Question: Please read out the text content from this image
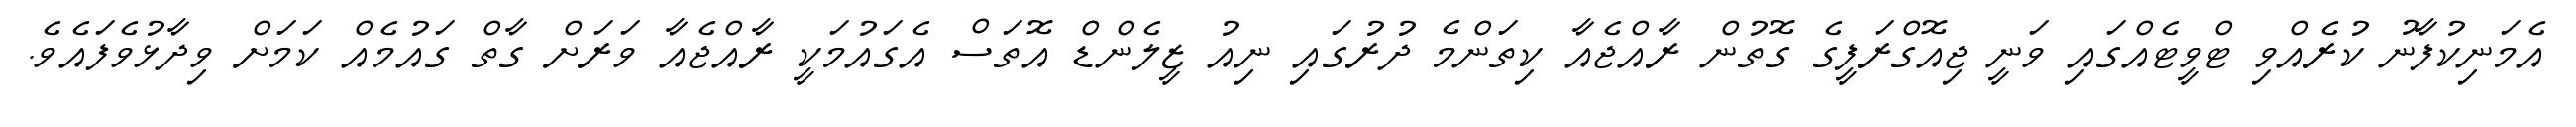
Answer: އެމަނިކުފާނު ކުރެއްވި ޓްވީޓެއްގައި ވަނީ ޖިއޮގްރަފީގެ ގޮތުން ރާއްޖެއާ ކިތަންމެ ދުރުގައި ނިއު ޒީލެންޑް އޮތަސް އެގައުމަކީ ރާއްޖެއާ ވަރަށް ގާތް ގައުމެއް ކަމަށް ވިދާޅުވެފައެވެ.